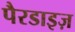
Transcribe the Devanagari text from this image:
पैरडाइज़